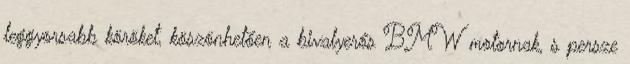
leggyorsabb köröket, köszönhetően a bivalyerős BMW motornak, s persze